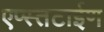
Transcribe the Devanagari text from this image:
एप्स्तटाईण